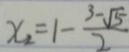
x _ { 2 } = 1 - \frac { 3 - \sqrt { 5 } } { 2 }